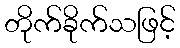
တိုက်ခိုက်သဖြင့်